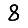
Digit: 8